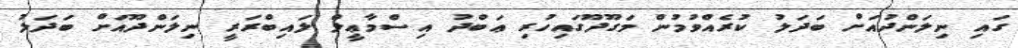
ގައި ނިލަންދުއަށް ބަދަލު ކުރެއްވުމުން މަގޫދޫގައިހުރި ޢަބްދު އިސްމާޢީލް ލައިބްރަރީ ނިލަންދޫއަށް ބަދަލު